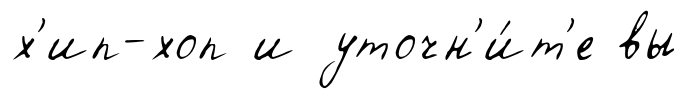
х'ип-хоп и уточн'и́т'е вы